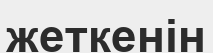
жеткенін